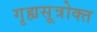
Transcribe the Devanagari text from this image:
गृह्यसूत्रोक्त